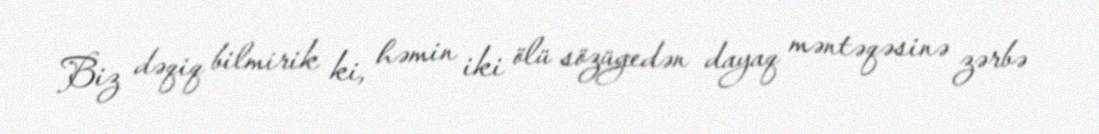
Biz dəqiq bilmirik ki, həmin iki ölü sözügedən dayaq məntəqəsinə zərbə